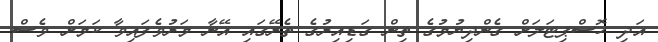
އަދި ހޮސްޕިޓަލަށް ގެންދިޔުމުގެ ތިން ގަޑިއިރުގެ ތެރޭގައި އޭނާ މަރުވެފައިވާ ކަމަށް ވެސް